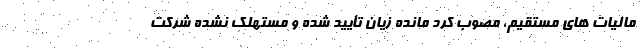
مالیات های مستقیم، مصوب کرد مانده زیان تأیید شده و مستهلک نشده شرکت